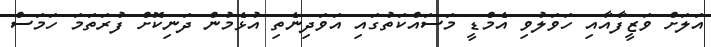
އަލަށް ވަޒީފާއާއި ހަވަލުވި އެމްޑީ މަސައްކަތުގައި އަވަދިނެތި އުޅެމުން ދަނިކޮށް ފުރަތަމަ ހަމަސް